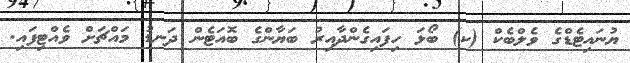
ޔުނައިޓެޑްގެ ވެލްބެކް (ކ) ބޯޅަ ހިފައިގެންދާއިރު ބަޔާންގެ ބޮއަޓެން ދަނޑު މައްޗަށް ވެއްޓިފައި.